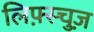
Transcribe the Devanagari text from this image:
लिफ़्स्चुज़